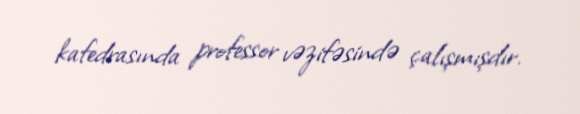
kafedrasında professor vəzifəsində çalışmışdır.